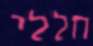
חללי